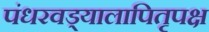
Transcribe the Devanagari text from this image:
पंधरवड्यालापितृपक्ष